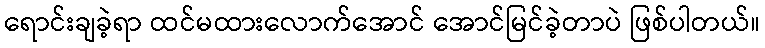
ရောင်းချခဲ့ရာ ထင်မထားလောက်အောင် အောင်မြင်ခဲ့တာပဲ ဖြစ်ပါတယ်။